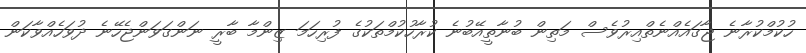
ހުކުމްކުރާނެ ޖާގައެއްނެތްއިރުވެސް މަތިން ބުނާތީއޭބުނެ ކުރާހުކުމްތަކުގެ ފުރިހަމަ ޒިންމާ ބާރީ ނަންގަވަންޖެހޭނެ ދުވަހެއްވާކަން